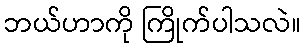
ဘယ်ဟာကို ကြိုက်ပါသလဲ။